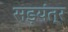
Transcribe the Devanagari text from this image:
सड़यंत्र